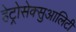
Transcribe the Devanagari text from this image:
हेट्रोसेक्सुआलिटी